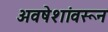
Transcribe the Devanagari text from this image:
अवषेशांवरून